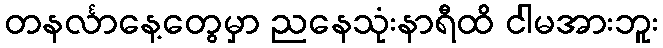
တနင်္လာနေ့တွေမှာ ညနေသုံးနာရီထိ ငါမအားဘူး